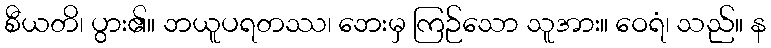
စီယတိ၊ ပွား၏။ ဘယူပရတဿ၊ ဘေးမှ ကြဉ်သော သူအား။ ဝေရံ၊ သည်။ န